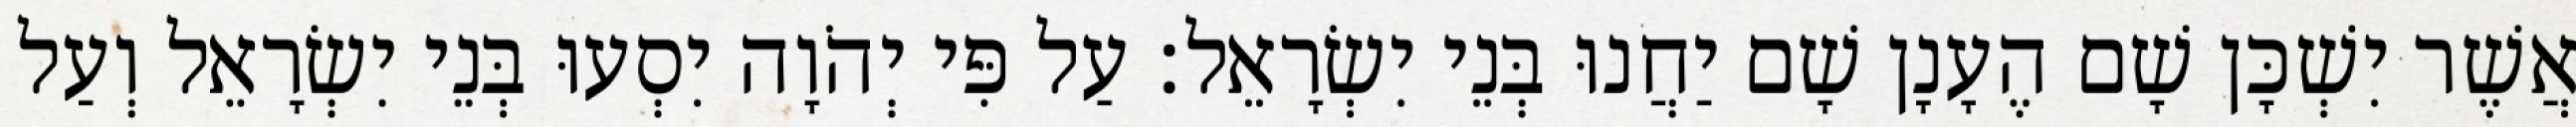
אֲשֶׁר יִשְׁכָּן שָׁם הֶעָנָן שָׁם יַחֲנוּ בְּנֵי יִשְׂרָאֵל׃ עַל פִּי יְהֹוָה יִסְעוּ בְּנֵי יִשְׂרָאֵל וְעַל